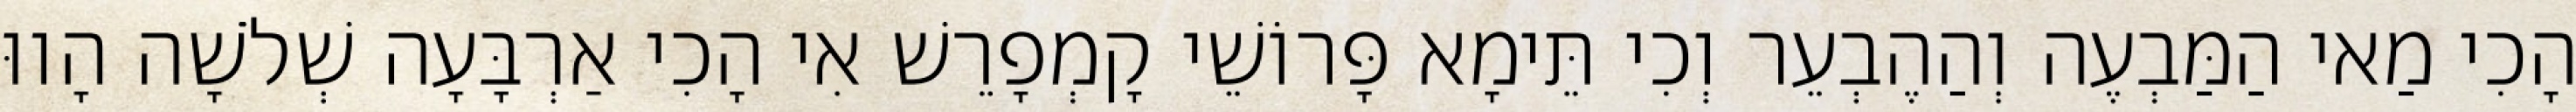
הָכִי מַאי הַמַּבְעֶה וְהַהֶבְעֵר וְכִי תֵּימָא פָּרוֹשֵׁי קָמְפָרֵשׁ אִי הָכִי אַרְבָּעָה שְׁלֹשָׁה הָווּ